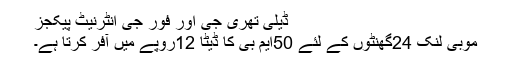
ڈیلی تھری جی اور فور جی انٹرنیٹ پیکجز
موبی لنک 24گھنٹوں کے لئے 50ایم بی کا ڈیٹا 12روپے میں آفر کرتا ہے۔